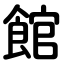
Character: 館